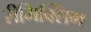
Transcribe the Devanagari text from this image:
रीमिक्सिंग